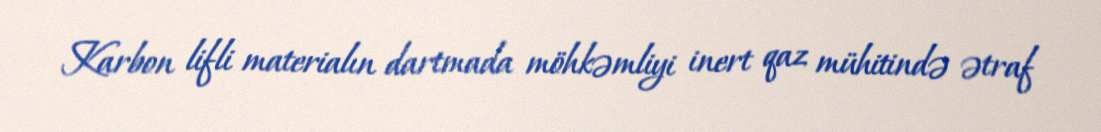
Karbon lifli materialın dartmada möhkəmliyi inert qaz mühitində ətraf